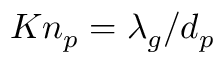
K n _ { p } = \lambda _ { g } / d _ { p }